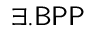
\exists . { \mathsf { B P P } }